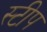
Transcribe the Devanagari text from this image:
स्टीप